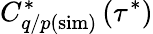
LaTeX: C_{q/p(\mathrm{sim})}^{*}\left(\tau^{*}\right)